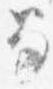
笏